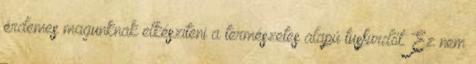
érdemes magunknak elkészíteni a természetes alapú tusfürdőt. Ez nem